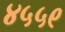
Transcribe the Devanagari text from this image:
४५५९